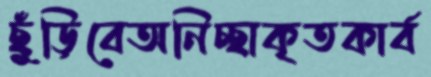
ছুঁড়িবেঅনিচ্ছাকৃতকার্ব